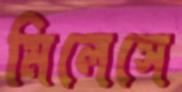
মিলেসে